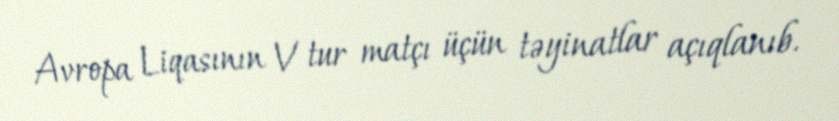
Avropa Liqasının V tur matçı üçün təyinatlar açıqlanıb.